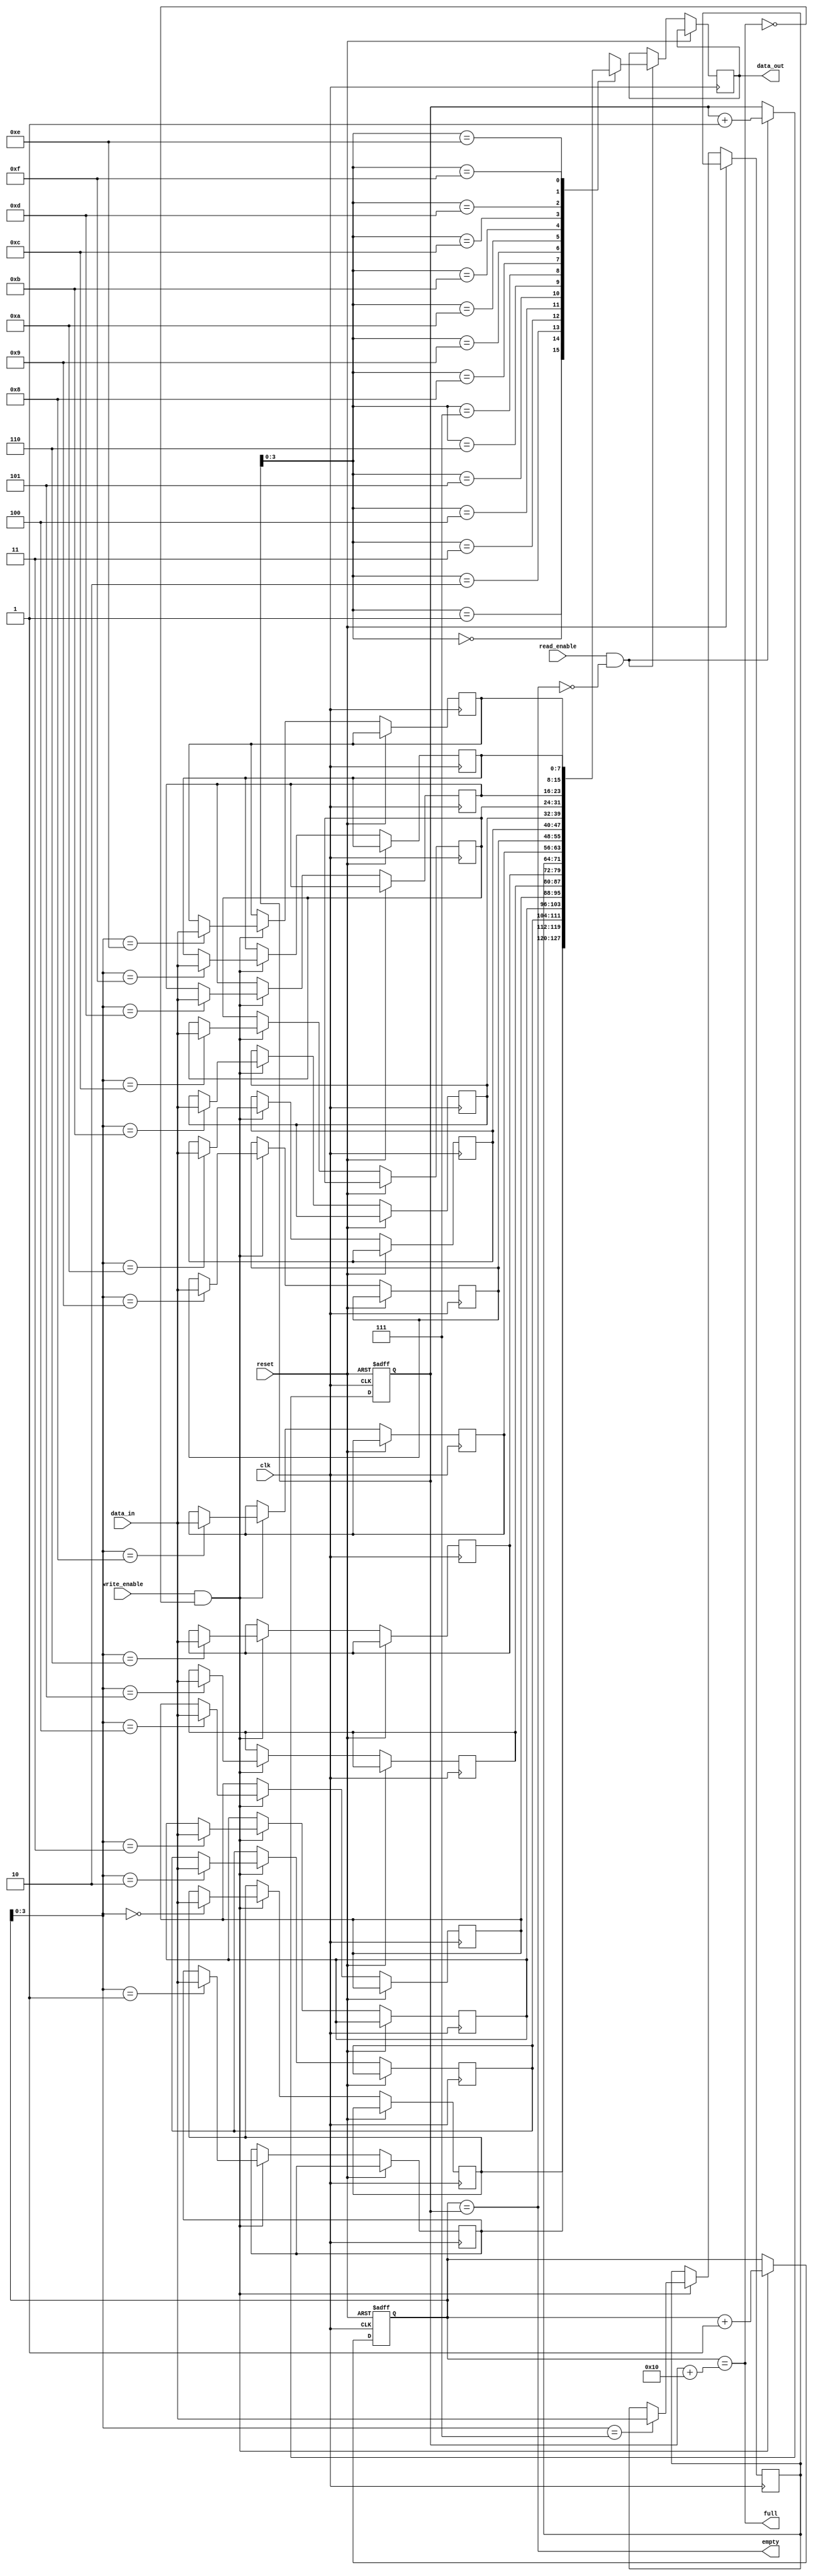
module fifo (
  input wire clk,
  input wire reset,
  input wire write_enable,
  input wire read_enable,
  input wire [DATA_WIDTH-1:0] data_in,
  output reg [DATA_WIDTH-1:0] data_out,
  output wire full,
  output wire empty
);

parameter DEPTH = 16;
parameter DATA_WIDTH = 8;

reg [DATA_WIDTH-1:0] mem [0:DEPTH-1];
reg [4:0] write_ptr;
reg [4:0] read_ptr;

initial begin
  write_ptr = 0;
  read_ptr = 0;
end

always @ (posedge clk or posedge reset) begin
  if (reset) begin
    write_ptr <= 0;
    read_ptr <= 0;
  end else begin
    if (write_enable && !full) begin
      mem[write_ptr] <= data_in;
      write_ptr <= write_ptr + 1;
    end

    if (read_enable && !empty) begin
      data_out <= mem[read_ptr];
      read_ptr <= read_ptr + 1;
    end
  end
end

assign full = (write_ptr == read_ptr + DEPTH);
assign empty = (write_ptr == read_ptr);

endmodule